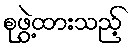
စုဖွဲ့ထားသည့်